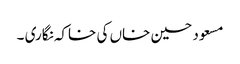
مسعود حسین خاں کی خاکہ نگاری ۔